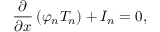
\frac { \partial } { \partial x } \left( \varphi _ { n } T _ { n } \right) + I _ { n } = 0 ,